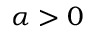
\alpha > 0